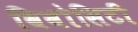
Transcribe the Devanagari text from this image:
विवोसिटी